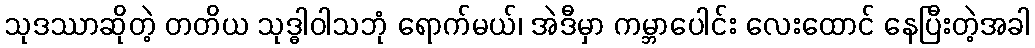
သုဒဿာဆိုတဲ့ တတိယ သုဒ္ဓါဝါသဘုံ ရောက်မယ်၊ အဲဒီမှာ ကမ္ဘာပေါင်း လေးထောင် နေပြီးတဲ့အခါ